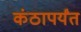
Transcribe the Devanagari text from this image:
कंठापर्यंत